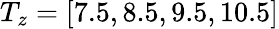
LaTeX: T_{z}=[7.5,8.5,9.5,10.5]